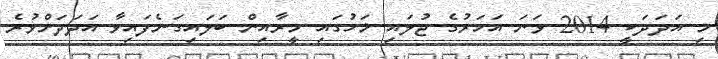
މި އަދަދަކީ 2014 ވަނަ އަހަރުގެ ޖުލައި މަހުގައި މީރާއިން ބަލައިގަނެފައިވާ އަދަދަށްވުރެ